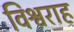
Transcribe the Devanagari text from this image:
विश्वराह